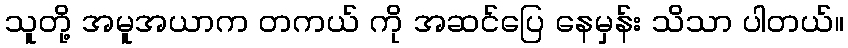
သူတို့ အမူအယာက တကယ် ကို အဆင်ပြေ နေမှန်း သိသာ ပါတယ်။